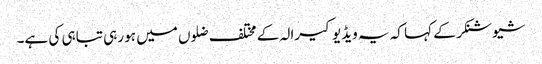
شیوشنکر کے کہا کہ یہ ویڈیو کیرالہ کے مختلف ضلوں میں ہو رہی تباہی کی ہے۔